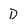
Character: D